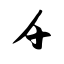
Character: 千